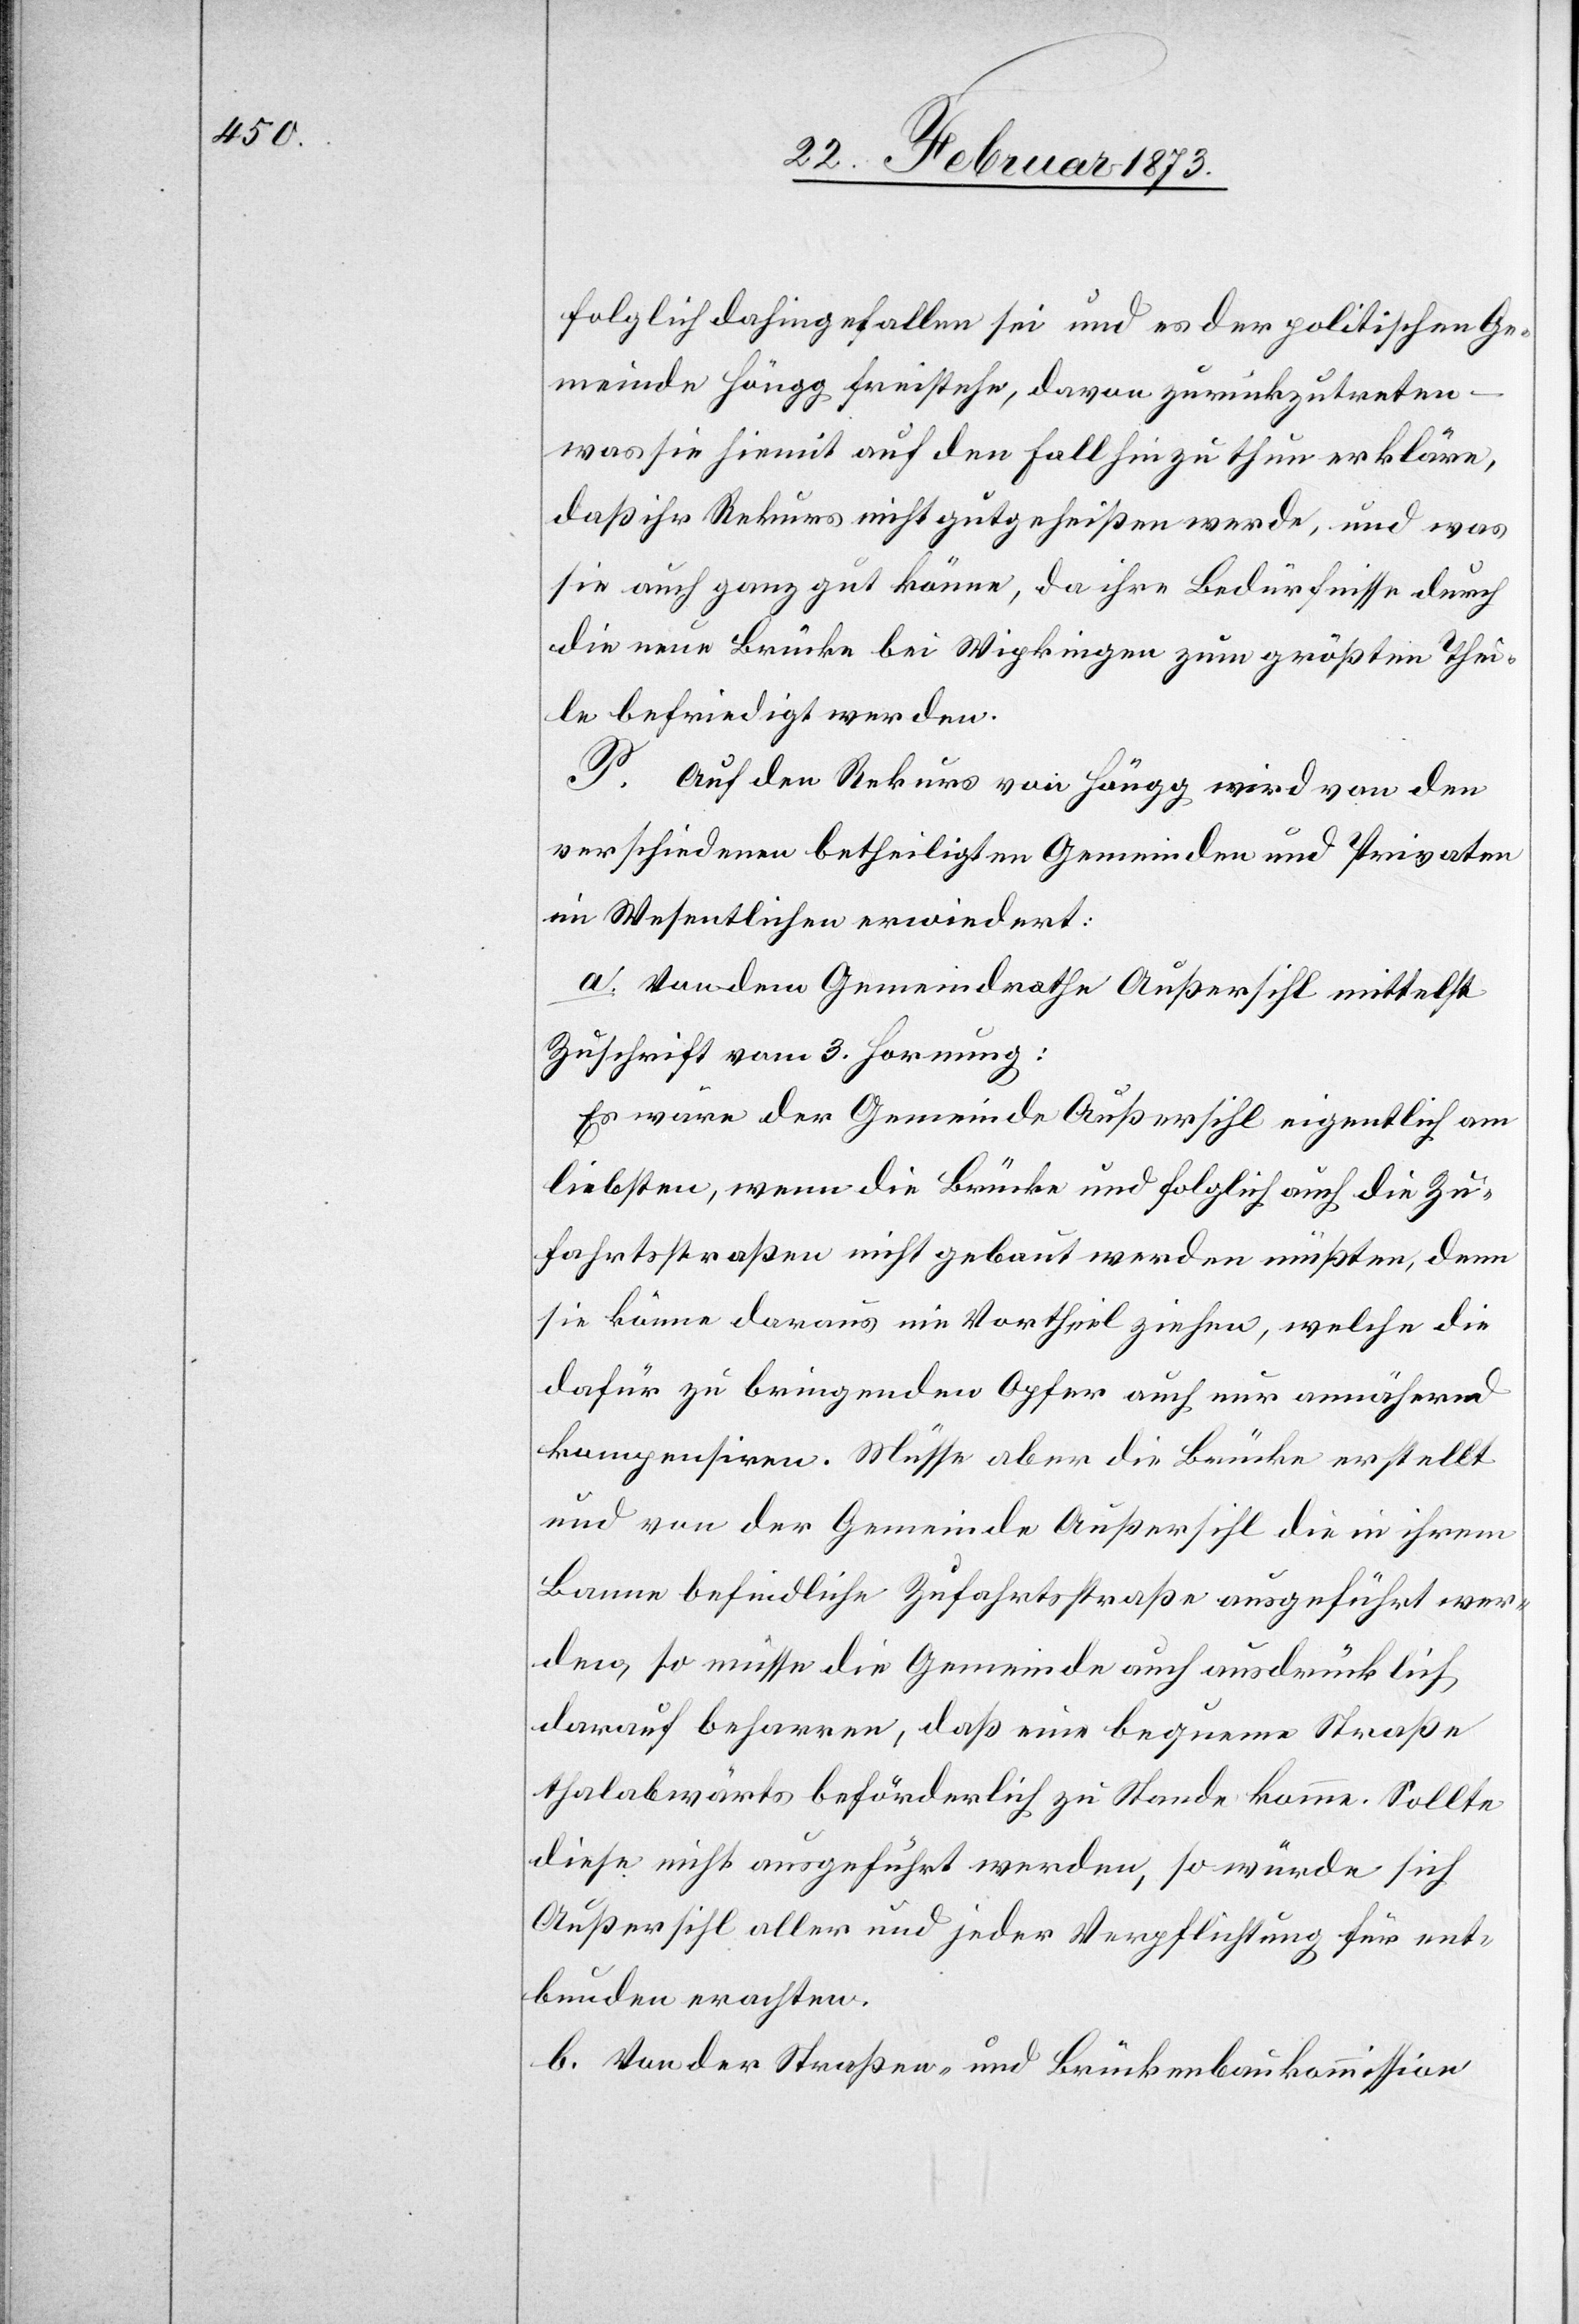
folglich dahingefallen sei und es der politischen Ge¬
meinde Höngg freistehe, davon zurückzutreten
was sie hiemit auf den Fall hinzuthun erkläre,
daß ihr Rekurs nicht gutgeheißen werde, und was
sie auch ganz gut könne, da ihre Bedürfnisse durch
die neue Brücke bei Wipkingen zum größten Thei¬
le befriedigt werden.
P. Auf den Rekurs von Höngg wird von den
verschiedenen betheiligten Gemeinden und Privaten
im Wesentlichen erwiedert:
a. Von dem Gemeindrathe Außersihl mittelst
Zuschrift vom 3. Hornung:
Es wäre der Gemeinde Außersihl eigentlich am
liebsten, wenn die Brücke und folglich auch die Zu¬
fahrtsstraßen nicht gebaut werden müßten, denn
sie könne daraus nie Vortheil[e] ziehen, welche die
dafür zu bringenden Opfer auch nur annähernd
kompensiren. Müsse aber die Brücke erstellt
und von der Gemeinde Außersihl die in ihrem
Banne befindliche Zufahrtsstraße ausgeführt wer¬
den, so müsse die Gemeinde auch ausdrücklich
darauf beharren, daß eine bequeme Straße
thalabwärts beförderlich zu Stande komme. Sollte
diese nicht ausgeführt werden, so würde sich
Außersihl aller und jeder Verpflichtung für ent¬
bunden erachten.
b. Von der Straßen- und Brückenbaukommission